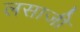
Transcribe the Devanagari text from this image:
लसाजी